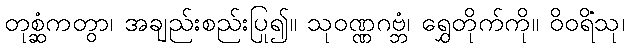
တုစ္ဆံကတွာ၊ အချည်းစည်းပြု၍။ သုဝဏ္ဏဂဗ္ဘံ၊ ရွှေတိုက်ကို။ ဝိဝရိံသု၊